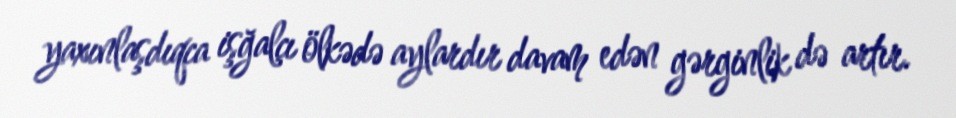
yaxınlaşdıqca işğalçı ölkədə aylardır davam edən gərginlik də artır.